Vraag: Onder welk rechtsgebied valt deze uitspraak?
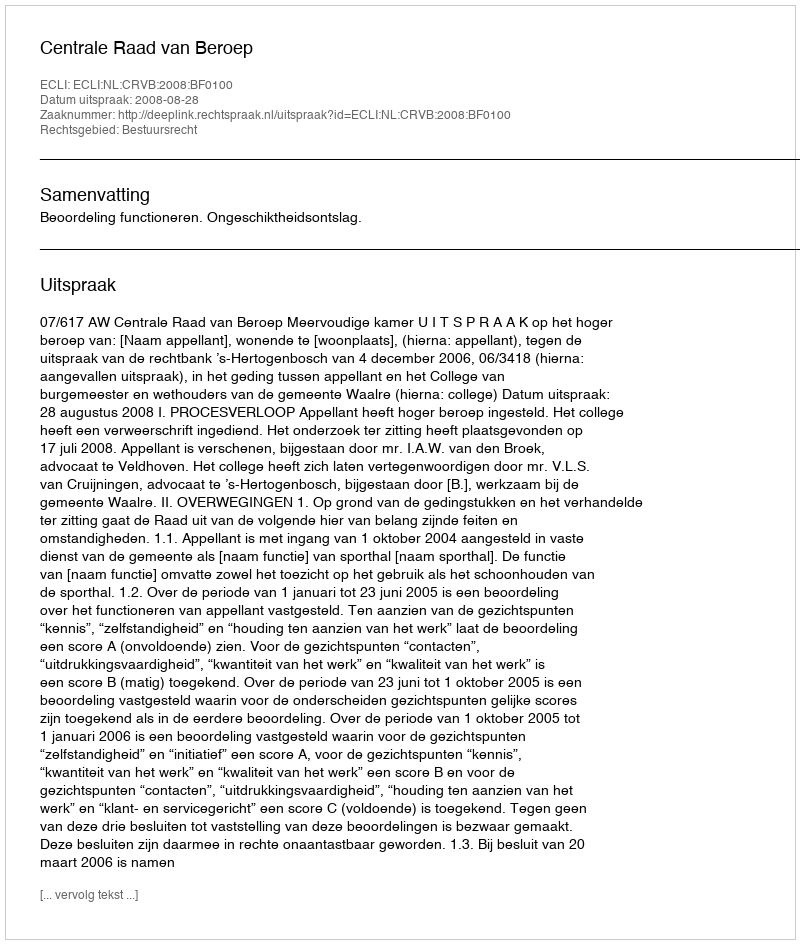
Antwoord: Bestuursrecht